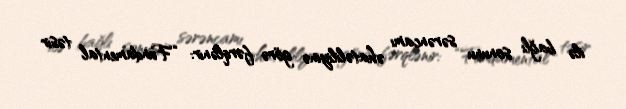
ilə bağlı sonunu sərəncamı əhatəliliyinə görə fərqlənir: “Fundamental təsir